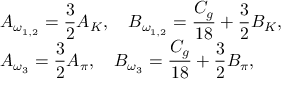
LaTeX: \begin{array} { l } { { \displaystyle { A _ { \omega _ { 1 , 2 } } = \frac { 3 } { 2 } A _ { K } } , \quad \displaystyle { B _ { \omega _ { 1 , 2 } } = \frac { C _ { g } } { 1 8 } + \frac { 3 } { 2 } B _ { K } } , \quad } } \\ { { \displaystyle { A _ { \omega _ { 3 } } = \frac { 3 } { 2 } A _ { \pi } } , \quad \displaystyle { B _ { \omega _ { 3 } } = \frac { C _ { g } } { 1 8 } + \frac { 3 } { 2 } B _ { \pi } } , } } \end{array}